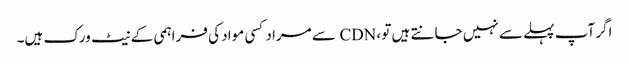
اگر آپ پہلے سے نہیں جانتے ہیں تو ، CDN سے مراد کسی مواد کی فراہمی کے نیٹ ورک ہیں۔